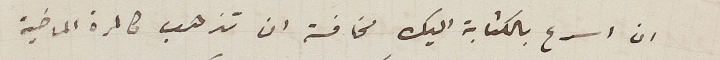
ان اسرع بالكتابة اليك مخافة ان تذهب كالمرة الماضية